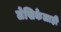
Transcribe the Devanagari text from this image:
लेखिकेलाही